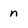
Character: n